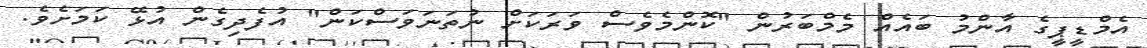
އެމްޑީޕީގެ އާންމު ބައެއް މެމްބަރުން "ކޮންމެވެސް ވަރަކަށް ނުތަނަވަސްކަން" އުފެދިގެން އުޅޭ ކަމަށެވެ.